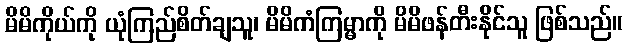
မိမိကိုယ်ကို ယုံကြည်စိတ်ချသူ၊ မိမိကံကြမ္မာကို မိမိဖန်တီးနိုင်သူ ဖြစ်သည်။